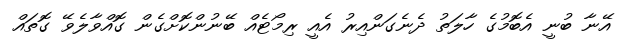
އޭނާ ބުނީ އެބޮމުގެ ހާލަތު ދެނެގަންއިރު އެއީ ރިމޯޓެއް ބޭނުންކޮށްގެން ގޮއްވާލެވޭ ގޮތައް